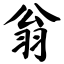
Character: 翁